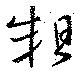
粗